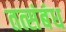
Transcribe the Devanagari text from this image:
तत्संबंध